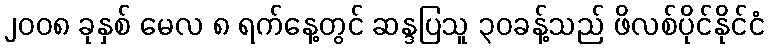
၂၀၀၈ ခုနှစ် မေလ ၈ ရက်နေ့တွင် ဆန္ဒပြသူ ၃၀ခန့်သည် ဖိလစ်ပိုင်နိုင်ငံ